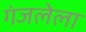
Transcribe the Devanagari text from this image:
गंजलेला